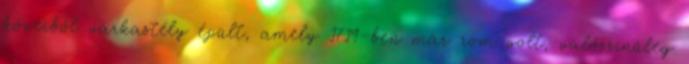
köveiből várkastély épült, amely 1719-ben már rom volt, valószínűleg